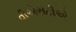
વીએસટીએ